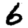
Digit: 6